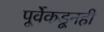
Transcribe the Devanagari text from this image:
पूर्वेकडूनही